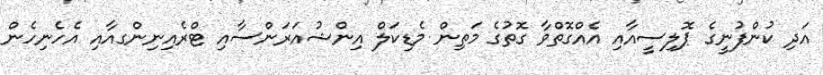
އަދި ކުންފުނީގެ ޕޮލިސީއާއި އެއްގޮތްވާ ގޮތުގެ މަތިން މެޑިކަލް އިންޝުއަރަންސާއި ޓްރެއިނިންގއާއި އެހެނިހެން